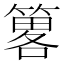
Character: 𥳂